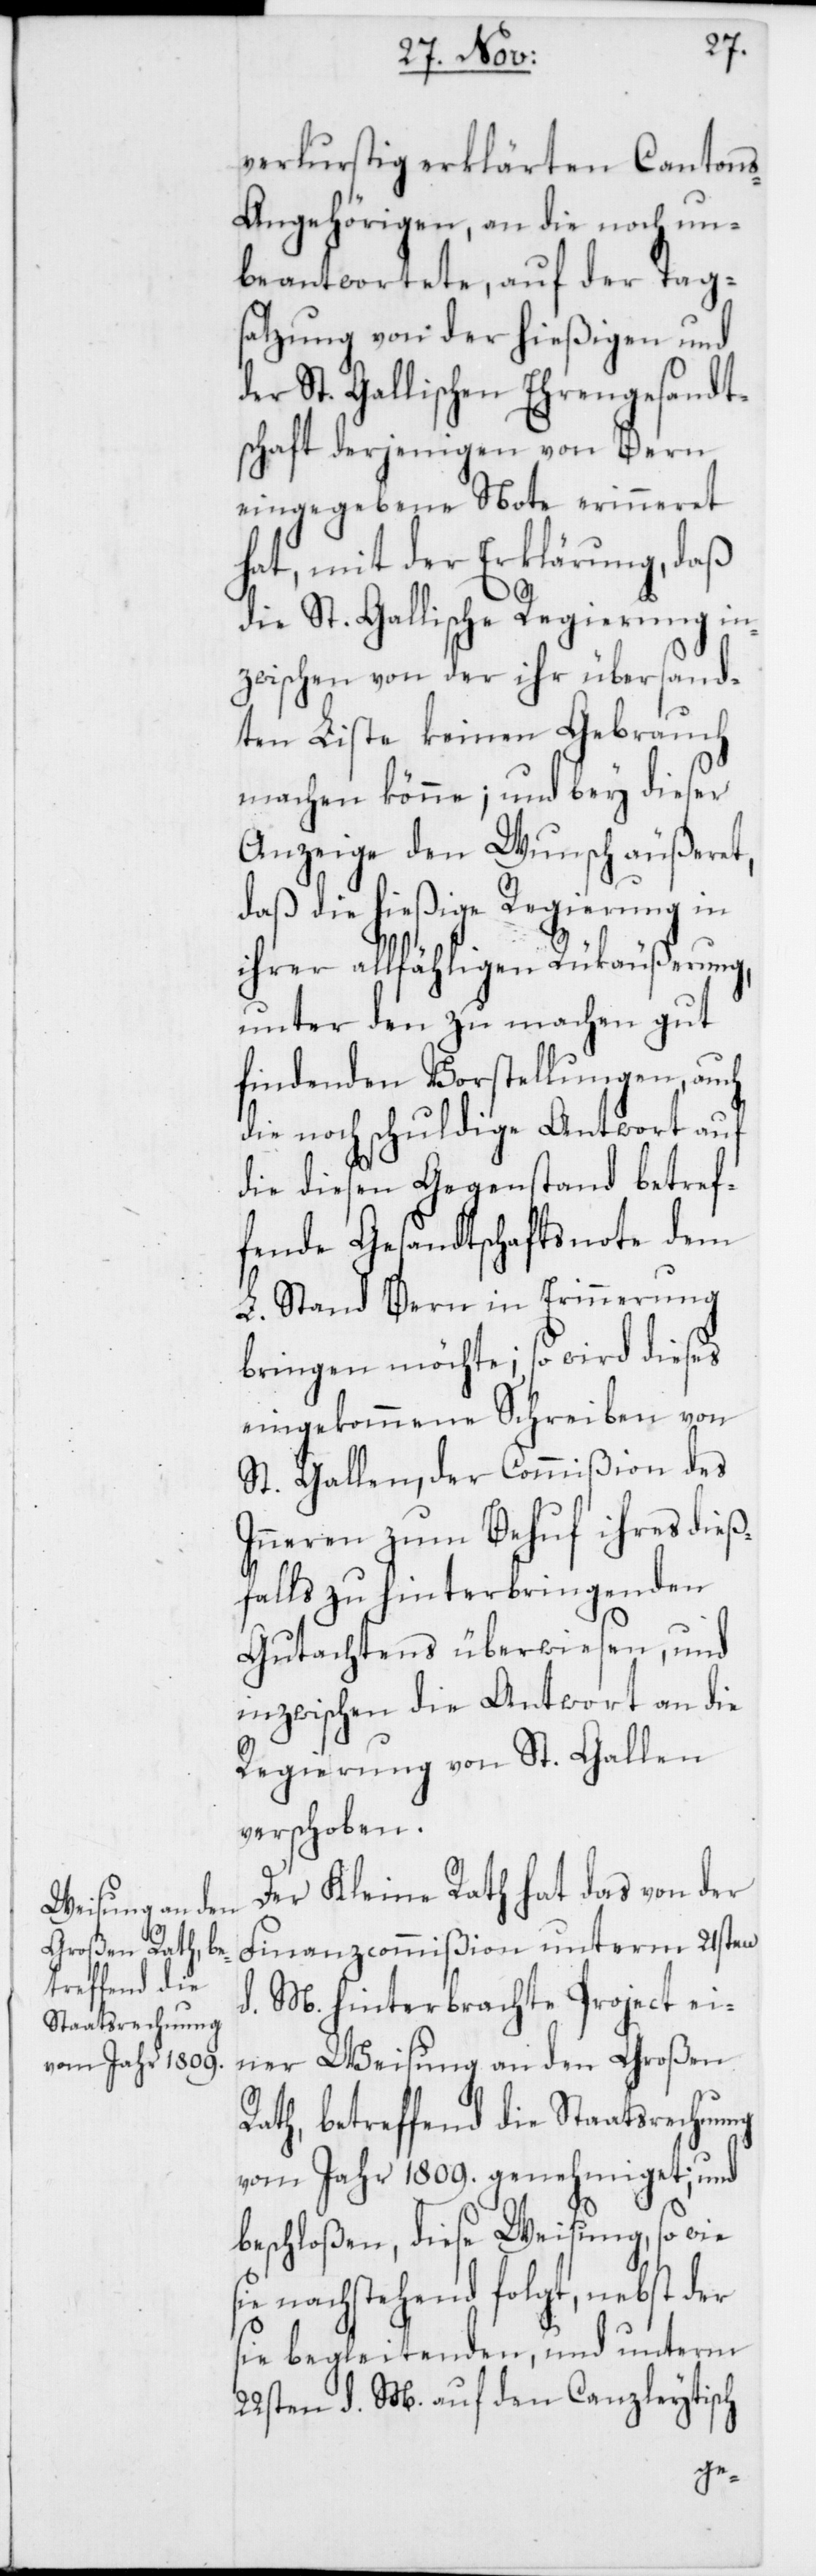
verlustig erklärten Canton¬
s-Angehörigen, an die noch un¬
beantwortete, auf der Tag¬
satzung von der hießigen und
der St. Gallischen Ehrengesandt¬
schaft derjenigen von Bern
eingegebene Note erinneret
hat, mit der Erklärung, daß
die St. Gallische Regierung in¬
zwischen von der ihr übersand¬
ten Liste keinen Gebrauch
machen könne; und bey dieser
Anzeige den Wunsch äußeret,
daß die hießige Regierung in
ihrer allfähligen Rückäußerung,
unter den zu machen gut¬
findenden Vorstellungen, auch
die noch schuldige Antwort auf
die diesen Gegenstand betref¬
fende Gesandtschaftsnote dem
L. Stand Bern in Erinnerung
bringen möchte; so wird dieses
eingekommene Schreiben von
St. Gallen, der Commißion des
Inneren zum Behuf ihres dieß¬
falls zu hinterbringenden
Gutachtens überwiesen, und
inzwischen die Antwort an die
Regierung von St. Gallen
verschoben.
Der Kleine Rath hat das von der
Finanzcommißion unterm 21sten
d. Ms. hinterbrachte Project ei¬
ner Weisung an den Großen
Rath, betreffend die Staatsrechnung
vom Jahr 1809. genehmiget; und
beschloßen, diese Weisung, so wie
sie nachstehend folgt, nebst der
sie begleitenden und unterm
22sten d. Ms. auf den Canzleytisch